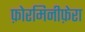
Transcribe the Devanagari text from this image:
फ़ोरमिनीफ़ेरा